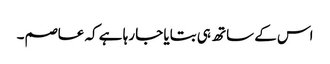
اس کے ساتھ ہی بتایا جا رہا ہے کہ عاصم۔